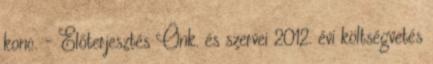
konc. - Előterjesztés Önk. és szervei 2012. évi költségvetés